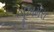
ભૂખમરા